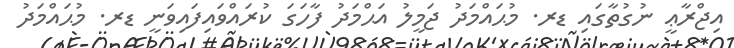
އިޖްރާޢީ ނުގުތާގައި ޑރ. މުޙައްމަދު ޖަމީލު އަޙްމަދު ފާހަގަ ކުރައްވައިފައިވަނީ ޑރ. މުޙައްމަދު